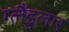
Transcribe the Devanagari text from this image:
ग्लैंडुलार